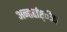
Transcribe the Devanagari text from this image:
अन्तर्राष्ट्ीय